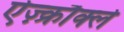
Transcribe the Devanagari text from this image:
ऐज़्क्रौक्ले